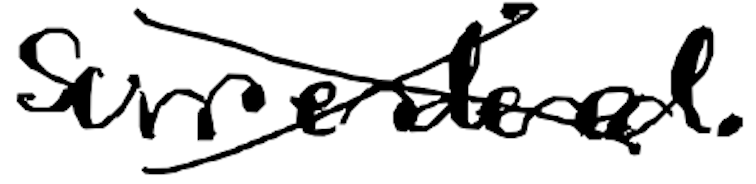
Text: surrendered.
Cross-out: cross
Writing tool: digital_black